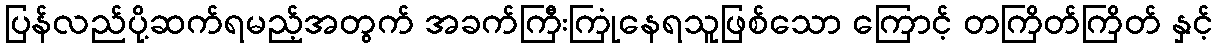
ပြန်လည်ပို့ဆက်ရမည့်အတွက် အခက်ကြီးကြုံနေရသူဖြစ်သော ကြောင့် တကြိတ်ကြိတ် နှင့်